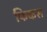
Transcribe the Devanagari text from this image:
फिकस